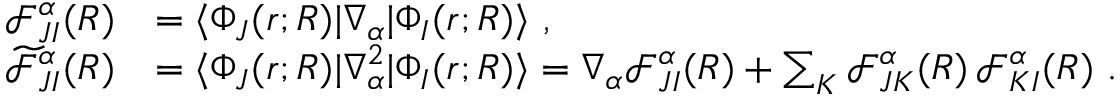
\begin{array} { r l } { \mathcal { F } _ { J I } ^ { \alpha } ( R ) } & { = \langle \Phi _ { J } ( r ; R ) | \nabla _ { \alpha } | \Phi _ { I } ( r ; R ) \rangle ~ , } \\ { \widetilde { \mathcal { F } } _ { J I } ^ { \alpha } ( R ) } & { = \langle \Phi _ { J } ( r ; R ) | \nabla _ { \alpha } ^ { 2 } | \Phi _ { I } ( r ; R ) \rangle = \nabla _ { \alpha } \mathcal { F } _ { J I } ^ { \alpha } ( R ) + \sum _ { K } \mathcal { F } _ { J K } ^ { \alpha } ( R ) \, \mathcal { F } _ { K I } ^ { \alpha } ( R ) ~ . } \end{array}